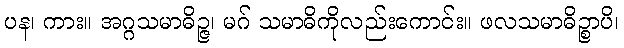
ပန၊ ကား။ အဂ္ဂသမာဓိဉ္ဇ၊ မဂ် သမာဓိကိုလည်းကောင်း။ ဖလသမာဓိဉ္စာပိ၊